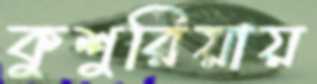
কুশুরিয়ায়